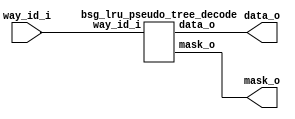


module top
(
  way_id_i,
  data_o,
  mask_o
);

  input [5:0] way_id_i;
  output [62:0] data_o;
  output [62:0] mask_o;

  bsg_lru_pseudo_tree_decode
  wrapper
  (
    .way_id_i(way_id_i),
    .data_o(data_o),
    .mask_o(mask_o)
  );


endmodule



module bsg_lru_pseudo_tree_decode
(
  way_id_i,
  data_o,
  mask_o
);

  input [5:0] way_id_i;
  output [62:0] data_o;
  output [62:0] mask_o;
  wire [62:0] data_o,mask_o;
  wire N0,N1,N2,N3,N4,N5;
  assign mask_o[0] = 1'b1;
  assign data_o[0] = 1'b1 & N0;
  assign N0 = ~way_id_i[5];
  assign mask_o[1] = 1'b1 & N0;
  assign data_o[1] = mask_o[1] & N1;
  assign N1 = ~way_id_i[4];
  assign mask_o[2] = 1'b1 & way_id_i[5];
  assign data_o[2] = mask_o[2] & N1;
  assign mask_o[3] = mask_o[1] & N1;
  assign data_o[3] = mask_o[3] & N2;
  assign N2 = ~way_id_i[3];
  assign mask_o[4] = mask_o[1] & way_id_i[4];
  assign data_o[4] = mask_o[4] & N2;
  assign mask_o[5] = mask_o[2] & N1;
  assign data_o[5] = mask_o[5] & N2;
  assign mask_o[6] = mask_o[2] & way_id_i[4];
  assign data_o[6] = mask_o[6] & N2;
  assign mask_o[7] = mask_o[3] & N2;
  assign data_o[7] = mask_o[7] & N3;
  assign N3 = ~way_id_i[2];
  assign mask_o[8] = mask_o[3] & way_id_i[3];
  assign data_o[8] = mask_o[8] & N3;
  assign mask_o[9] = mask_o[4] & N2;
  assign data_o[9] = mask_o[9] & N3;
  assign mask_o[10] = mask_o[4] & way_id_i[3];
  assign data_o[10] = mask_o[10] & N3;
  assign mask_o[11] = mask_o[5] & N2;
  assign data_o[11] = mask_o[11] & N3;
  assign mask_o[12] = mask_o[5] & way_id_i[3];
  assign data_o[12] = mask_o[12] & N3;
  assign mask_o[13] = mask_o[6] & N2;
  assign data_o[13] = mask_o[13] & N3;
  assign mask_o[14] = mask_o[6] & way_id_i[3];
  assign data_o[14] = mask_o[14] & N3;
  assign mask_o[15] = mask_o[7] & N3;
  assign data_o[15] = mask_o[15] & N4;
  assign N4 = ~way_id_i[1];
  assign mask_o[16] = mask_o[7] & way_id_i[2];
  assign data_o[16] = mask_o[16] & N4;
  assign mask_o[17] = mask_o[8] & N3;
  assign data_o[17] = mask_o[17] & N4;
  assign mask_o[18] = mask_o[8] & way_id_i[2];
  assign data_o[18] = mask_o[18] & N4;
  assign mask_o[19] = mask_o[9] & N3;
  assign data_o[19] = mask_o[19] & N4;
  assign mask_o[20] = mask_o[9] & way_id_i[2];
  assign data_o[20] = mask_o[20] & N4;
  assign mask_o[21] = mask_o[10] & N3;
  assign data_o[21] = mask_o[21] & N4;
  assign mask_o[22] = mask_o[10] & way_id_i[2];
  assign data_o[22] = mask_o[22] & N4;
  assign mask_o[23] = mask_o[11] & N3;
  assign data_o[23] = mask_o[23] & N4;
  assign mask_o[24] = mask_o[11] & way_id_i[2];
  assign data_o[24] = mask_o[24] & N4;
  assign mask_o[25] = mask_o[12] & N3;
  assign data_o[25] = mask_o[25] & N4;
  assign mask_o[26] = mask_o[12] & way_id_i[2];
  assign data_o[26] = mask_o[26] & N4;
  assign mask_o[27] = mask_o[13] & N3;
  assign data_o[27] = mask_o[27] & N4;
  assign mask_o[28] = mask_o[13] & way_id_i[2];
  assign data_o[28] = mask_o[28] & N4;
  assign mask_o[29] = mask_o[14] & N3;
  assign data_o[29] = mask_o[29] & N4;
  assign mask_o[30] = mask_o[14] & way_id_i[2];
  assign data_o[30] = mask_o[30] & N4;
  assign mask_o[31] = mask_o[15] & N4;
  assign data_o[31] = mask_o[31] & N5;
  assign N5 = ~way_id_i[0];
  assign mask_o[32] = mask_o[15] & way_id_i[1];
  assign data_o[32] = mask_o[32] & N5;
  assign mask_o[33] = mask_o[16] & N4;
  assign data_o[33] = mask_o[33] & N5;
  assign mask_o[34] = mask_o[16] & way_id_i[1];
  assign data_o[34] = mask_o[34] & N5;
  assign mask_o[35] = mask_o[17] & N4;
  assign data_o[35] = mask_o[35] & N5;
  assign mask_o[36] = mask_o[17] & way_id_i[1];
  assign data_o[36] = mask_o[36] & N5;
  assign mask_o[37] = mask_o[18] & N4;
  assign data_o[37] = mask_o[37] & N5;
  assign mask_o[38] = mask_o[18] & way_id_i[1];
  assign data_o[38] = mask_o[38] & N5;
  assign mask_o[39] = mask_o[19] & N4;
  assign data_o[39] = mask_o[39] & N5;
  assign mask_o[40] = mask_o[19] & way_id_i[1];
  assign data_o[40] = mask_o[40] & N5;
  assign mask_o[41] = mask_o[20] & N4;
  assign data_o[41] = mask_o[41] & N5;
  assign mask_o[42] = mask_o[20] & way_id_i[1];
  assign data_o[42] = mask_o[42] & N5;
  assign mask_o[43] = mask_o[21] & N4;
  assign data_o[43] = mask_o[43] & N5;
  assign mask_o[44] = mask_o[21] & way_id_i[1];
  assign data_o[44] = mask_o[44] & N5;
  assign mask_o[45] = mask_o[22] & N4;
  assign data_o[45] = mask_o[45] & N5;
  assign mask_o[46] = mask_o[22] & way_id_i[1];
  assign data_o[46] = mask_o[46] & N5;
  assign mask_o[47] = mask_o[23] & N4;
  assign data_o[47] = mask_o[47] & N5;
  assign mask_o[48] = mask_o[23] & way_id_i[1];
  assign data_o[48] = mask_o[48] & N5;
  assign mask_o[49] = mask_o[24] & N4;
  assign data_o[49] = mask_o[49] & N5;
  assign mask_o[50] = mask_o[24] & way_id_i[1];
  assign data_o[50] = mask_o[50] & N5;
  assign mask_o[51] = mask_o[25] & N4;
  assign data_o[51] = mask_o[51] & N5;
  assign mask_o[52] = mask_o[25] & way_id_i[1];
  assign data_o[52] = mask_o[52] & N5;
  assign mask_o[53] = mask_o[26] & N4;
  assign data_o[53] = mask_o[53] & N5;
  assign mask_o[54] = mask_o[26] & way_id_i[1];
  assign data_o[54] = mask_o[54] & N5;
  assign mask_o[55] = mask_o[27] & N4;
  assign data_o[55] = mask_o[55] & N5;
  assign mask_o[56] = mask_o[27] & way_id_i[1];
  assign data_o[56] = mask_o[56] & N5;
  assign mask_o[57] = mask_o[28] & N4;
  assign data_o[57] = mask_o[57] & N5;
  assign mask_o[58] = mask_o[28] & way_id_i[1];
  assign data_o[58] = mask_o[58] & N5;
  assign mask_o[59] = mask_o[29] & N4;
  assign data_o[59] = mask_o[59] & N5;
  assign mask_o[60] = mask_o[29] & way_id_i[1];
  assign data_o[60] = mask_o[60] & N5;
  assign mask_o[61] = mask_o[30] & N4;
  assign data_o[61] = mask_o[61] & N5;
  assign mask_o[62] = mask_o[30] & way_id_i[1];
  assign data_o[62] = mask_o[62] & N5;

endmodule